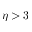
\eta > 3